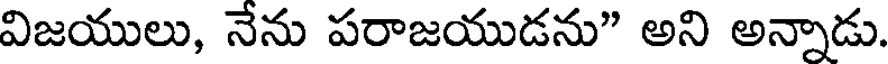
విజయులు, నేను పరాజయుడను" అని అన్నాడు.